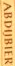
ABDUBIER